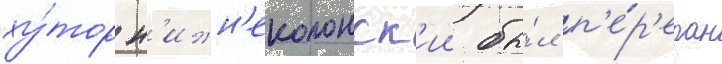
ху́тор н'ижн'еколонск'ии бы́л п'е́р'едан